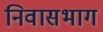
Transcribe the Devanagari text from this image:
निवासभाग